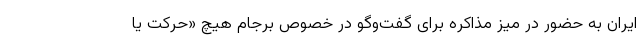
ایران به حضور در میز مذاکره برای گفت‌وگو در خصوص برجام هیچ «حرکت یا